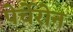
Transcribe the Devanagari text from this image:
पेर्चेरोन